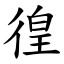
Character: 徨